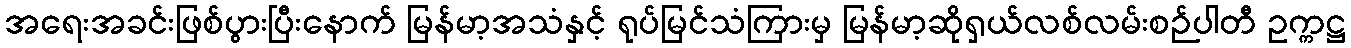
အရေးအခင်းဖြစ်ပွားပြီးနောက် မြန်မာ့အသံနှင့် ရုပ်မြင်သံကြားမှ မြန်မာ့ဆိုရှယ်လစ်လမ်းစဉ်ပါတီ ဥက္ကဋ္ဌ